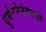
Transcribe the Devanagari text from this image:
दुर्घटनेनंतरची